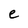
Character: e